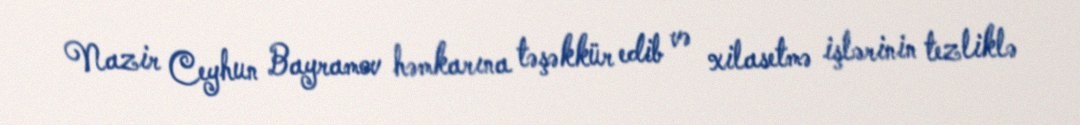
Nazir Ceyhun Bayramov həmkarına təşəkkür edib və xilasetmə işlərinin tezliklə